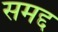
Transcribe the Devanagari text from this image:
समद्द